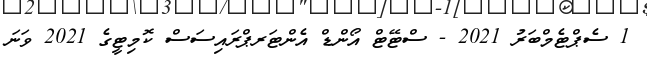
1 ސެޕްޓެމްބަރު 2021 - ސްޓޭޓް އޯންޑް އެންޓަރޕްރައިސަސް ކޮމިޓީގެ 2021 ވަނަ